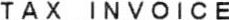
TAX INVOICE